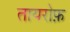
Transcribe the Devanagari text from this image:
तायरोफ़